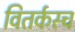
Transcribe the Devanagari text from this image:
वितर्कस्च